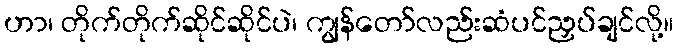
ဟာ၊ တိုက်တိုက်ဆိုင်ဆိုင်ပဲ၊ ကျွန်တော်လည်းဆံပင်ညှပ်ချင်လို့။